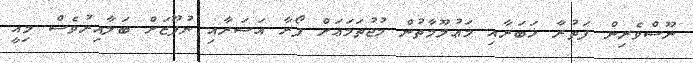
ނޫސްވެރިން ފަތުރާ ޚަބަރާއި މަޢުލޫމާތުން މުޖުތަމަޢަށް ފޯރާ އަސަރާއި ނުފޫޒަށް ބަލާއިރުވެސް މިއީ